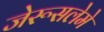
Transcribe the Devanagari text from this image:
जेरूसलेमे